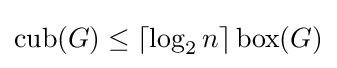
\operatorname {cub} (G)\leq \lceil \log _{2}n\rceil \operatorname {box} (G)